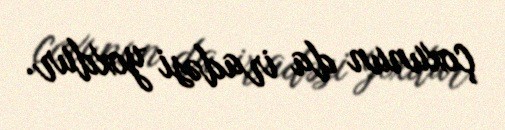
çoxunun da iradəsi yoxdur.